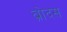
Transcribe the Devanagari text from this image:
ब्रोदस